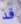
قد